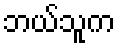
ဘယ်သူက